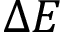
\Delta E